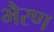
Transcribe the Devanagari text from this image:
भैरण